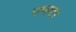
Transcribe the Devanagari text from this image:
पच्हत्तर